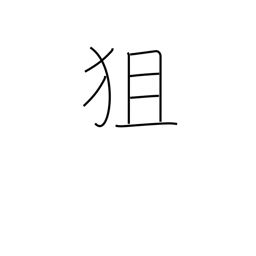
Meaning: aim at